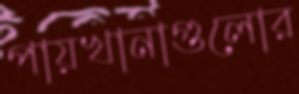
পায়খানাগুলোর